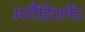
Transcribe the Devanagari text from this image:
अरौंडिशमेंट